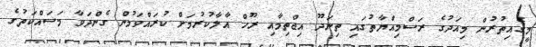
މީގެއިތުރުން މިއަދުގެ ރަސްމިއްޔާތުގައި ތިނަދޫ އިޖްތިމާއި ރޫހް އާލާކުރުމަށް ކުރައްވަމުން ގެންދަވާ މަސައްކަތުގެ